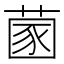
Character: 𦵣